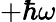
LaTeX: +\hbar\omega